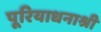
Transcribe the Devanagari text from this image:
पूरियाधनाश्री